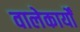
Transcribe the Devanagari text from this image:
वालेकार्यों